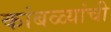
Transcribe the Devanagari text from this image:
कांबळ्यांची